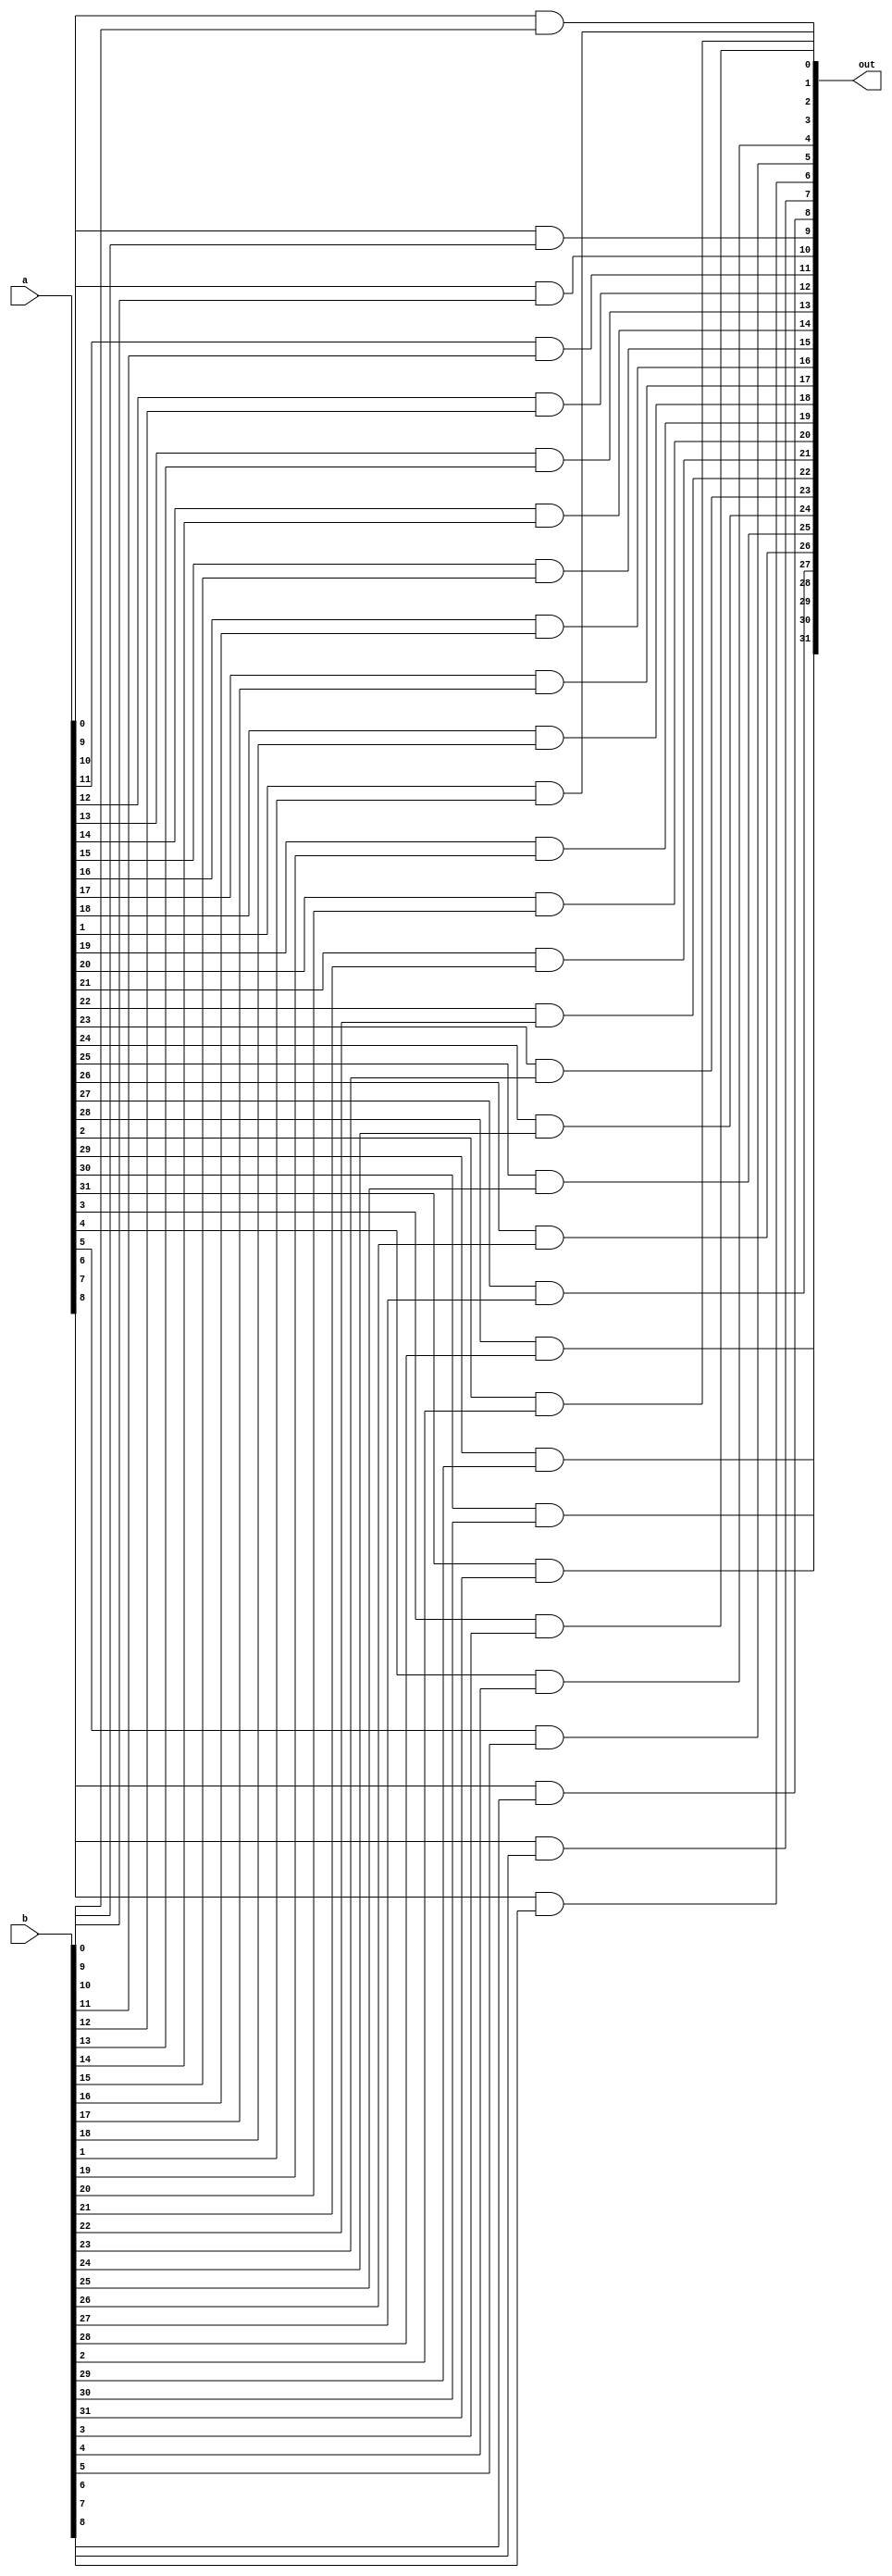
module and32(input [31:0] a, input [31:0] b, output [31:0] out);
	genvar i;
	generate
		for(i = 0; i < 32; i = i + 1)
			begin: and_loop
				and a1(out[i], a[i], b[i]);
			end
	endgenerate
endmodule